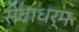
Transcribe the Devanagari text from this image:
सेवाधर्मः